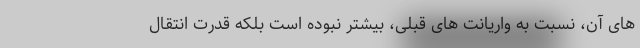
های آن، نسبت به واریانت های قبلی، بیشتر نبوده است بلکه قدرت انتقال